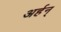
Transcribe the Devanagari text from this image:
अर्हन्